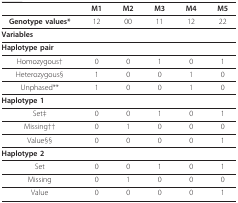
<table><thead><tr><td></td><td><b>M1</b></td><td><b>M2</b></td><td><b>M3</b></td><td><b>M4</b></td><td><b>M5</b></td></tr></thead><tbody><tr><td><b>Genotype values*</b></td><td>12</td><td>00</td><td>11</td><td>12</td><td>22</td></tr><tr><td colspan="6"><b>Variables</b></td></tr><tr><td colspan="6"><b>Haplotype pair</b></td></tr><tr><td>Homozygous†</td><td>0</td><td>0</td><td>1</td><td>0</td><td>1</td></tr><tr><td>Heterozygous§</td><td>1</td><td>0</td><td>0</td><td>1</td><td>0</td></tr><tr><td>Unphased**</td><td>1</td><td>0</td><td>0</td><td>1</td><td>0</td></tr><tr><td colspan="6"><b>Haplotype 1</b></td></tr><tr><td>Set‡</td><td>0</td><td>0</td><td>1</td><td>0</td><td>1</td></tr><tr><td>Missing††</td><td>0</td><td>1</td><td>0</td><td>0</td><td>0</td></tr><tr><td>Value§§</td><td>0</td><td>0</td><td>0</td><td>0</td><td>1</td></tr><tr><td colspan="6"><b>Haplotype 2</b></td></tr><tr><td>Set</td><td>0</td><td>0</td><td>1</td><td>0</td><td>1</td></tr><tr><td>Missing</td><td>0</td><td>1</td><td>0</td><td>0</td><td>0</td></tr><tr><td>Value</td><td>0</td><td>0</td><td>0</td><td>0</td><td>1</td></tr></tbody></table>